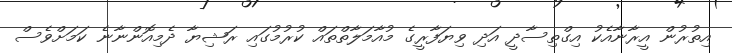
އިތުރުން އީރާނާއެކު އިގްތިސާދީ އަދި ވިޔަފާރީގެ މުއާމަލާތްތައް ކުރުމުގައި ރަޝިޔާ ދެމިއޮންނާނެ ކަމަށްވެސް